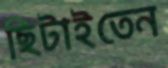
ছিটাইতেন